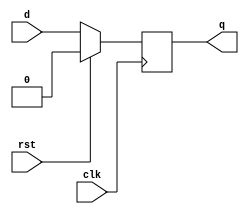
module dff(input d,clk,rst,output reg q);
always @(posedge clk)begin
if(rst==1)
q<=0;
else
q<=d;
end
endmodule

module siso_dff(input i,clk,rst,output q3);
wire q0,q1,q2;
 

dff f0(i,clk,rst,q0);
dff f1(q0,clk,rst,q1);
dff f2(q1,clk,rst,q2);
dff f3(q2,clk,rst,q3);
endmodule